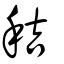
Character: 秸